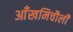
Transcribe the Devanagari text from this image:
आँखमिचौली